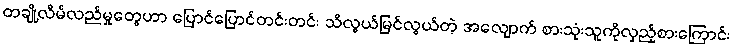
တချို့လိမ်လည်မှုတွေဟာ ပြောင်ပြောင်တင်းတင်း သိလွယ်မြင်လွယ်တဲ့ အလျောက် စားသုံးသူကိုလှည့်စားကြောင်း